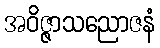
အဝိဇ္ဇာသညောဇနံ